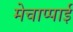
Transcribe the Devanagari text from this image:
मेचाप्पाई